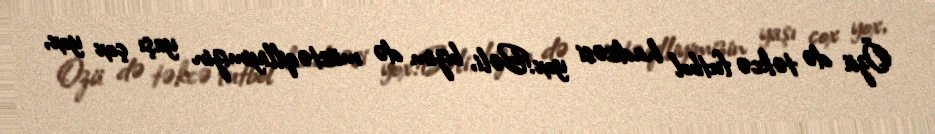
Özü də təkcə futbol hadisəsi yox!Bəli, bizim də müstəqilliyimizin yaşı çox yox,